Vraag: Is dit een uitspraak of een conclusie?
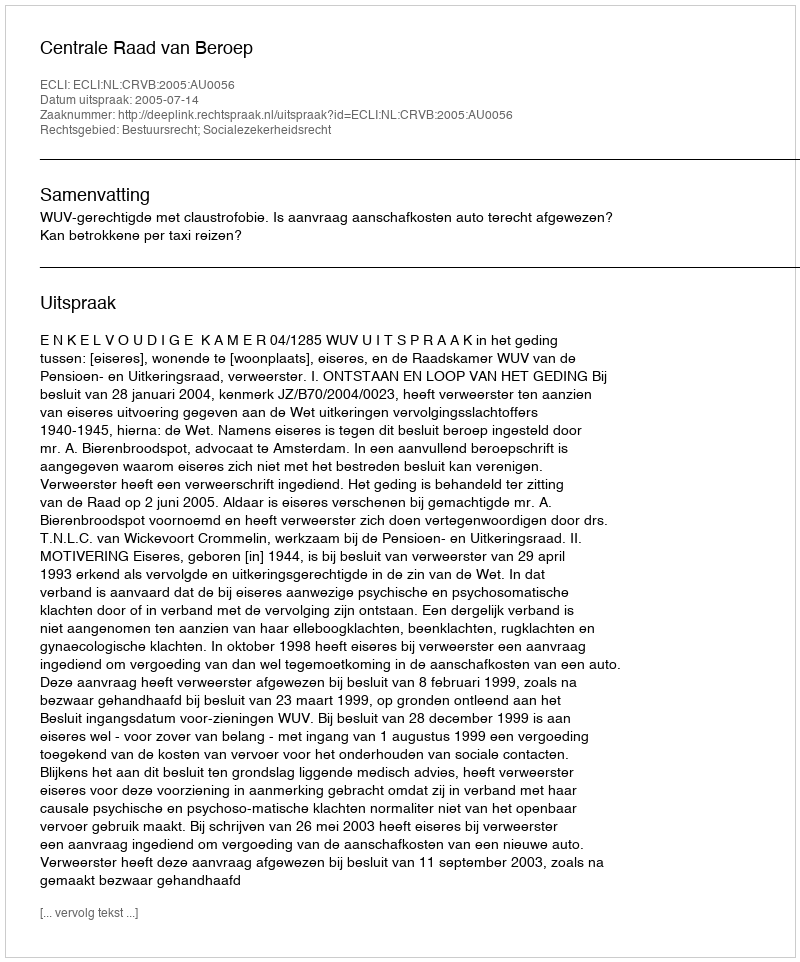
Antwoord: Uitspraak